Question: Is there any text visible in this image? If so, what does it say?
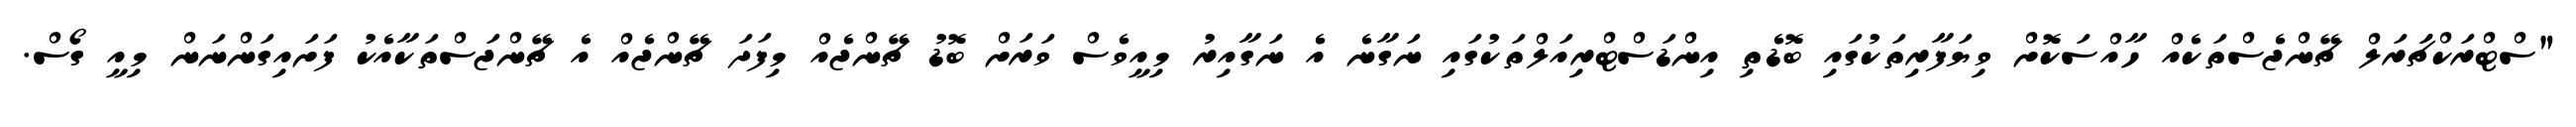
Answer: "ސްޓްރަކްޗަަރަލް ޗޭންޖެސްތަކެއް ހާއްސަކޮށް ވިޔަފާރިތަކުގައި ބޮޑެތި އިންޑަސްޓްރިއަލްތަކުގައި ނަގާނެ އެ ނަގާއިރު މިއީވެސް ވަރަށް ބޮޑު ޗޭންޖެއް މިފަދަ ޗޭންޖެއް އެ ޗޭންޖަސްތަކާއެކު ފަށައިގަންނަން މިއީ ގޯސް.